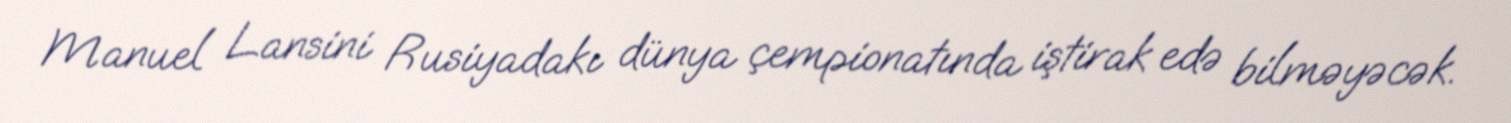
Manuel Lansini Rusiyadakı dünya çempionatında iştirak edə bilməyəcək.